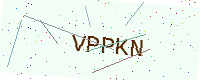
Text: VPPKN